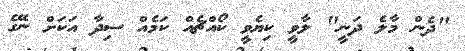
"ދެން މާލެ ދަނީ" ލާވީ ކިޔެވީ ކޯއްޗެއް ކަމެއް ސިދާ އަކަށް ނޭގެ